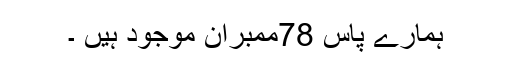
ہمارے پاس 78ممبران موجود ہیں ۔